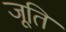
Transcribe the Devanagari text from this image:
जूति